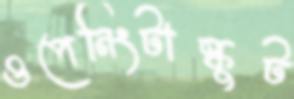
ওপেনিংটাস্কুট